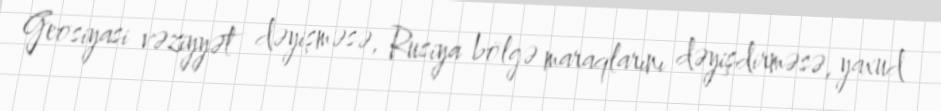
Geosiyasi vəziyyət dəyişməsə, Rusiya bölgə maraqlarını dəyişdirməsə, yaxud